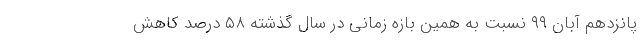
پانزدهم آبان ۹۹ نسبت به همین بازه زمانی در سال گذشته ۵۸ درصد کاهش